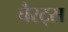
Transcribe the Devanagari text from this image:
चैरट्स